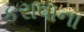
કરાવાના